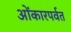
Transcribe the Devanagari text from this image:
ओंकारपर्वत